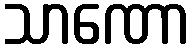
သာဏော